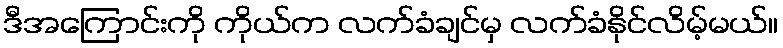
ဒီအကြောင်းကို ကိုယ်က လက်ခံချင်မှ လက်ခံနိုင်လိမ့်မယ်။